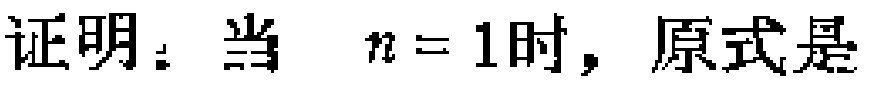
证明：当 \(n = 1\) 时，原式是